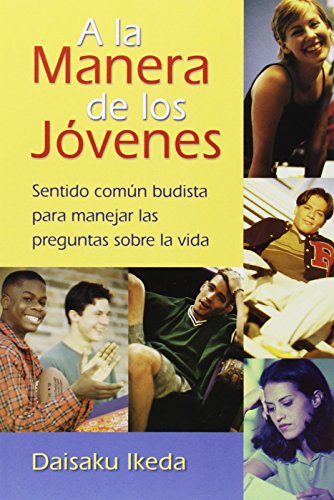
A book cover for A la manera de los jÃ³venes: Sentido comÃºn Budista para manejar las preguntas sobre la vida (Spanish Edition); Daisaku Ikeda; Teen & Young Adult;